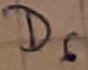
Text: D6